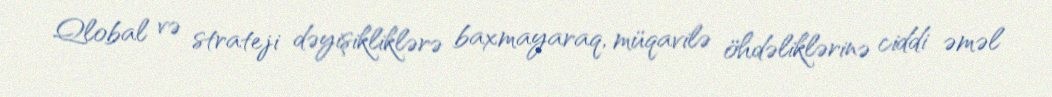
Qlobal və strateji dəyişikliklərə baxmayaraq, müqavilə öhdəliklərinə ciddi əməl